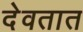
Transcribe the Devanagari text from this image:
देवतात